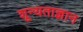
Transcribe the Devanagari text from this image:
शून्यताज्ञान